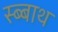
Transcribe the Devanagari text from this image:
स्ब्बाथ